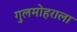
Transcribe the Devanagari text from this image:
गुलमोहराला